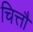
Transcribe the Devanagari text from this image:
चित्तौ